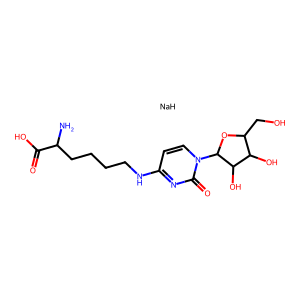
SMILES: NC(CCCCNc1ccn(C2OC(CO)C(O)C2O)c(=O)n1)C(=O)O.[NaH]
Inhibits HIV replication: No